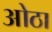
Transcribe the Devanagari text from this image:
ओठा